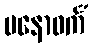
မနောဝင်္ကံ